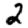
Digit: 2